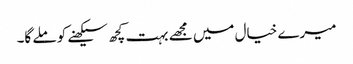
میرے خیال میں مجھے بہت کچھ سیکھنے کو ملے گا۔